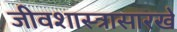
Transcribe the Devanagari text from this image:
जीवशास्त्रासारखे